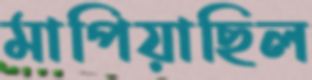
মাপিয়াছিল